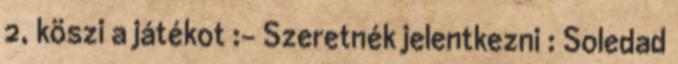
2, köszi a játékot :- Szeretnék jelentkezni : Soledad